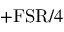
+ \mathrm { F S R } / 4